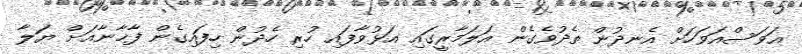
އަވަސްއަވަހަށް އެނދުން ތެދުވެގެން އަލަމާރީގައި އަޅުވާފައި ހުރި ހެދުން ހިފައިގެން ފާޚާނާއަށް ޔަލާ